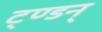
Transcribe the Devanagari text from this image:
ट्ण्डन्